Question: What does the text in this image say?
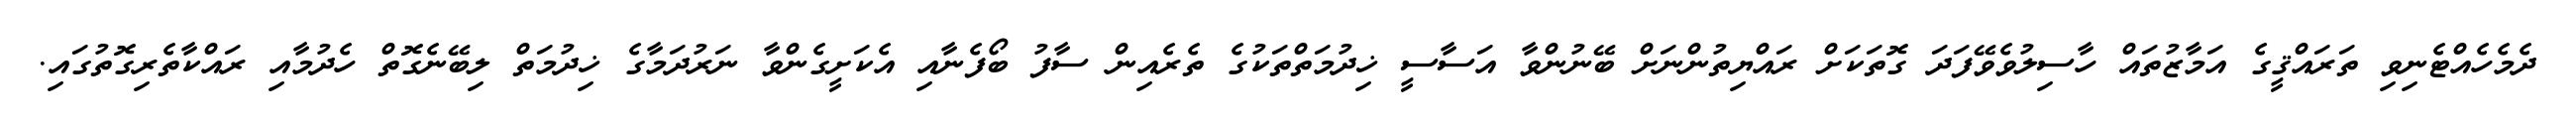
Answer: ދެމެހެއްޓެނިވި ތަރައްޤީގެ އަމާޒުތައް ހާސިލުވެވޭފަދަ ގޮތަކަށް ރައްޔިތުންނަށް ބޭނުންވާ އަސާސީ ޚިދުމަތްތަކުގެ ތެރެއިން ސާފު ބޯފެނާއި އެކަށީގެންވާ ނަރުދަމާގެ ޚިދުމަތް ލިބޭނެގޮތް ހެދުމާއި ރައްކާތެރިގޮތުގައި.